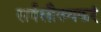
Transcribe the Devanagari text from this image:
सर्वसौख्यकरं